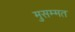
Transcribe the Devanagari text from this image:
मुसम्मत